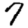
Digit: 7